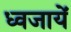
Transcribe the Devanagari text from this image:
ध्वजायें